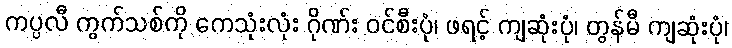
ကပ္ပလီ ကွက်သစ်ကို ကေသုံးလုံး ဂိုဏ်း ဝင်စီးပုံ၊ ဖရင့် ကျဆုံးပုံ၊ တွန်မီ ကျဆုံးပုံ၊